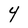
Character: 4